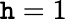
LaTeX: \mathtt{h}=1